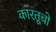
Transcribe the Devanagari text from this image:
कारतूचो